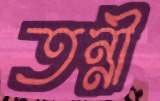
তন্নী